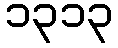
၁၃၁၃